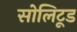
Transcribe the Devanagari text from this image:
सोलिटूड